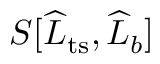
S [ \widehat { L } _ { \mathrm { t s } } , \widehat { L } _ { b } ]